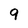
Character: 9